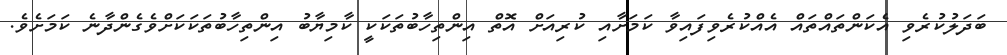
ބަދަލުކުރެވި އެކަންތައްތައް އެއްކުރެވިފައިވާ ކަމަށާއި ކުރިއަށް އޮތް އިންތިހާބުތަކަކީ ކާމިޔާބު އިންތިހާބުތަކަކަށްވެގެންދާނެ ކަމަށެވެ.